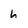
Character: h